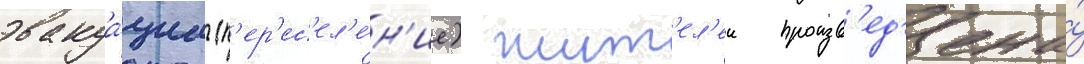
эвакуа́циа (п'ер'ес'ел'е́н'ие) жит'ел'еи произв'ед'ена́